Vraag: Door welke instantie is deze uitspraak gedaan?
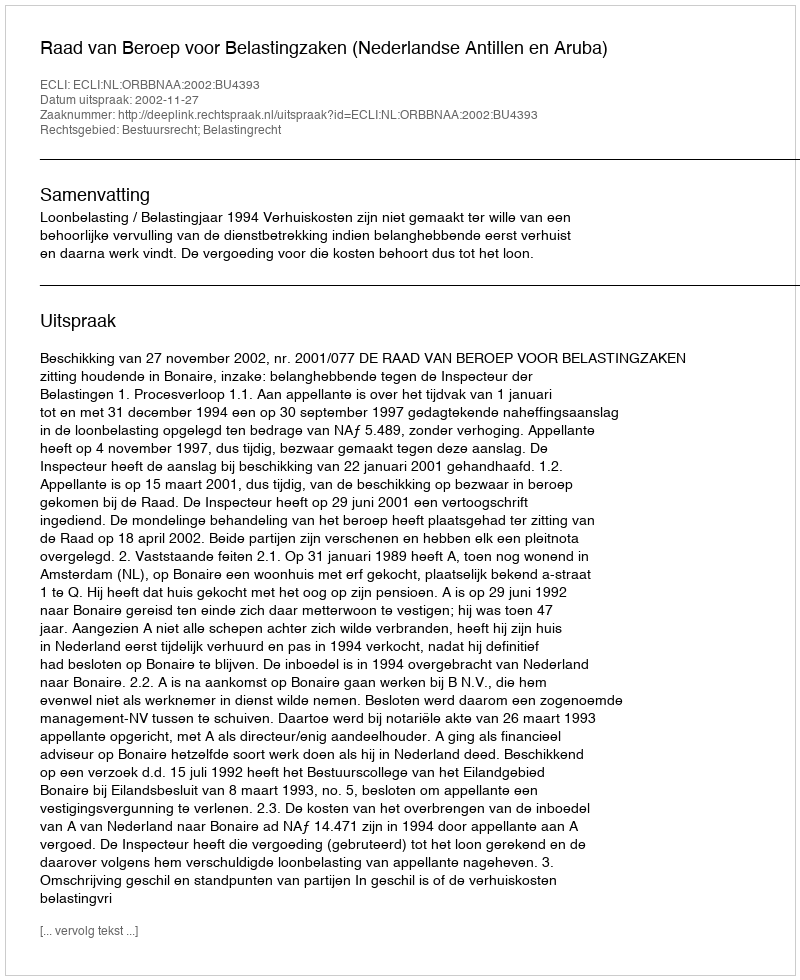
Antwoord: Raad van Beroep voor Belastingzaken (Nederlandse Antillen en Aruba)